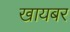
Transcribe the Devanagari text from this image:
खायबर